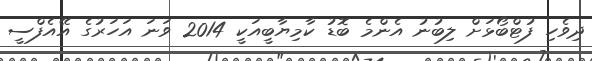
ދިވެހި ފުޓްބޯޅަށް ލިބުނު އެންމެ ބޮޑު ކާމިޔާބީއަކީ 2014 ވަނަ އަހަރުގެ އޭއެފްސީ